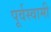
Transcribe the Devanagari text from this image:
पूर्वस्वामी